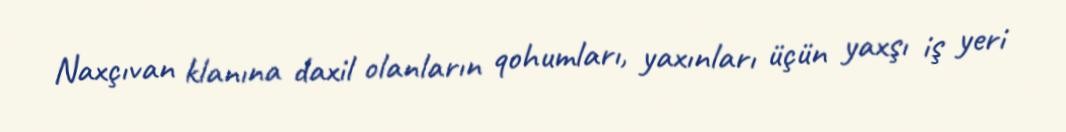
Naxçıvan klanına daxil olanların qohumları, yaxınları üçün yaxşı iş yeri